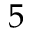
5